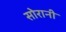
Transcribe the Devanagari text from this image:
सोरानी